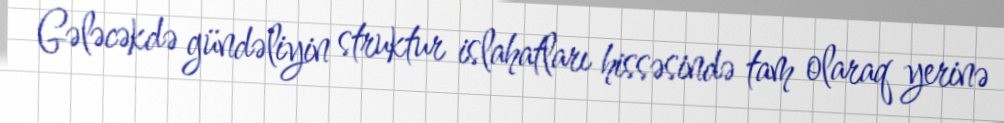
Gələcəkdə gündəliyin struktur islahatları hissəsində tam olaraq yerinə